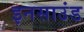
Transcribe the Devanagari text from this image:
इनसाउंड